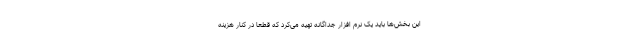
این بخش‌ها باید یک نرم افزار جداگانه تهیه می‌کرد که قطعا در کنار هزینه